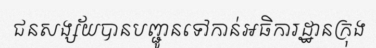
ជនសង្ស័យបានបញ្ជូនទៅកាន់អធិការដ្ឋានក្រុង